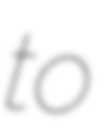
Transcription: to